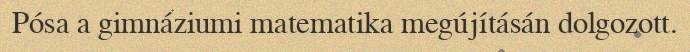
Pósa a gimnáziumi matematika megújításán dolgozott.